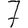
Digit: 7